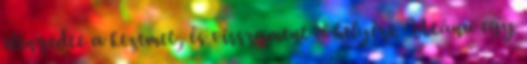
elengedte a kezemet, és visszament a helyére. Utána egy